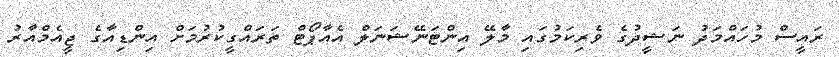
ރައީސް މުހައްމަދު ނަޝީދުގެ ވެރިކަމުގައި މާލޭ އިންޓަނޭޝަނަލް އެއާޕޯޓް ތަރައްގީކުރުމަށް އިންޑިއާގެ ޖީއެމްއާރު